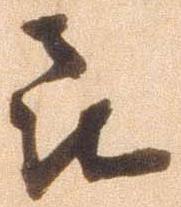
喜